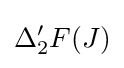
\Delta _{2}^{\prime }F(J)